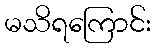
မသိရကြောင်း